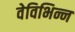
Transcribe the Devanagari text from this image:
वेविभिन्न